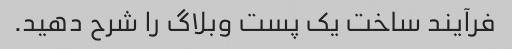
فرآیند ساخت یک پست وبلاگ را شرح دهید.